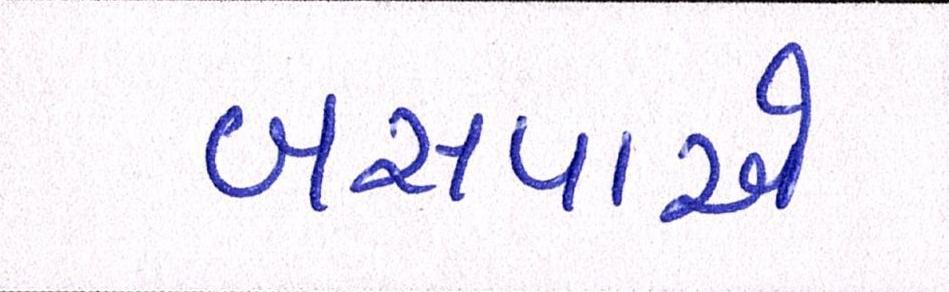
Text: બસપાએ